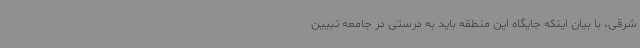
شرقی، با بیان اینکه جایگاه این منطقه باید به درستی در جامعه تبیین